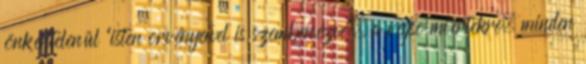
önkéntelenül “isten õrvényeivel is szembenézve”, a végsõ miértekre, minden